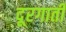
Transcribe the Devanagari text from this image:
दूरगाती